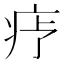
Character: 𬏝